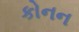
કોનન